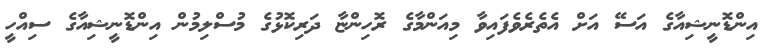
އިންޑޮނީޝިއާގެ އަސޭ އަށް އެތެރެވެފައިވާ މިއަންމާގެ ރޮހިންޏާ ދަރިކޮޅުގެ މުސްލިމުން އިންޑޮނީޝިއާގެ ސިއްހީ